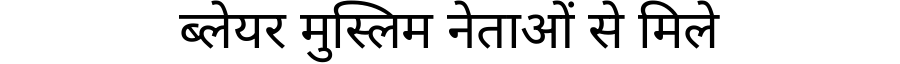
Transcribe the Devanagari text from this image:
ब्लेयर मुस्लिम नेताओं से मिले